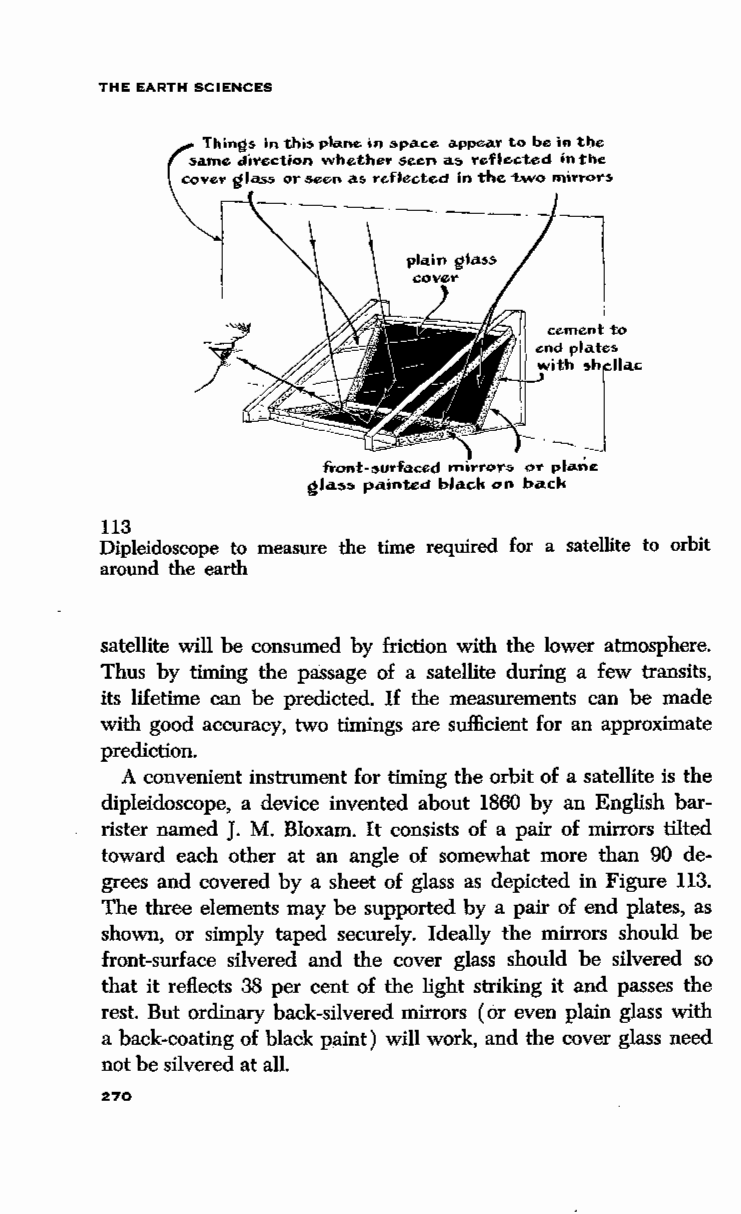
THE EARTH SCIENCES
 Things In t.hi:; plane; in :;pace appea'l' to be in the
 same d'n•ection wh.other s.oen a~ Teflected in t'he
 cove'l' glass or .see>n a,. re-flected in the -two mirror~
 --.----.
 l
 cement to
 end plates.
 w;~ 'T~<
 froot-:;urf<tced rnorror<> or plane
 gla<>:~> painted black on back
 113
 Dipleidoscope to measure the time required for a satellite to orbit
 around the earth
 satellite will be consumed by friction with the lower atmosphere.
 Thus by timing the passage of a satellite during a few transits,
 its lifetime can be predicted. If the measurements can be made
 with good accuracy, tWo timings are sufficient for an approximate
 prediction.
 A convenient instrument for timing the orbit of a satellite is the
 dipleidoscope, a device invented about 1860 by an English bar
 rister named J. M. Bloxam. It consists of a pair of mirrors tilted
 toward each other at an angle of somewhat more than 90 de
 grees and covered by a sheet of glass as depicted in Figure 113.
 The three elements may be supported by a pair of end plates, as
 shown, or simply taped securely. Ideally the mirrors should be
 front-surface silvered and the cover glass should be silvered so
 that it reflects 38 per cent of the light striking it and passes the
 rest. But ordinary back-silvered mirrors (or even plain glass with
 a back-coating of black paint) will work, and the cover glass need
 not be silvered at all.
 270